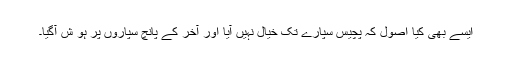
ایسے بھی کیا اصول کہ پچیس سپارے تک خیال نہیں آیا اور آخر کے پانچ سپاروں پر ہو ش آگیا۔